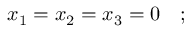
x _ { 1 } = x _ { 2 } = x _ { 3 } = 0 \quad ;